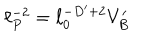
LaTeX: \ell _ { P } ^ { - 2 } = \ell _ { 0 } ^ { - D ^ { \prime } + 2 } V _ { B } ^ { \prime }